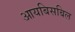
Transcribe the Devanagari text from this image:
आयबिसबिल